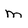
Character: m